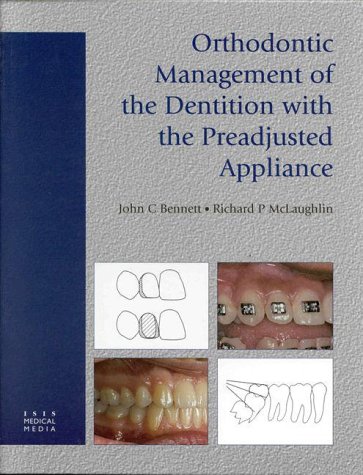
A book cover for Orthodontic Management of the Dentition with the Preadjusted Appliance; John C. Bennett; Medical Books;